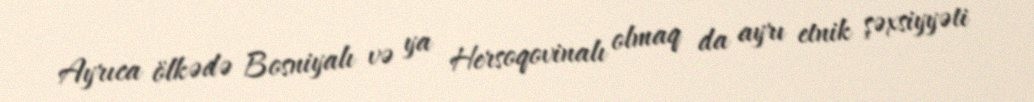
Ayrıca ölkədə Bosniyalı və ya Hersoqovinalı olmaq da ayrı etnik şəxsiyyəti